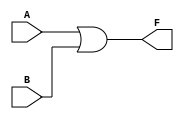
module kmap_2var (
    input wire A,  // Input variable A
    input wire B,  // Input variable B
    output wire F  // Output function F(A, B)
);

// Implementing the simplified expression F(A, B) = A + B
assign F = A | B;

endmodule